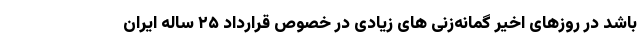
باشد در روزهای اخیر گمانه‌زنی های زیادی در خصوص قرارداد ۲۵ ساله ایران